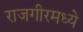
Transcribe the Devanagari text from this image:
राजगीरमध्ये